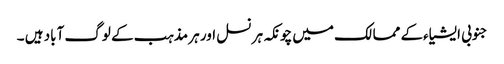
جنوبی ایشیاءکے ممالک میں چونکہ ہر نسل اور ہر مذہب کے لوگ آباد ہیں ۔